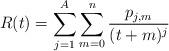
LaTeX: \begin{align*}R(t)=\sum_{j=1}^A \sum_{m=0}^{n} \frac{p_{j,m}}{(t+m)^j}\end{align*}